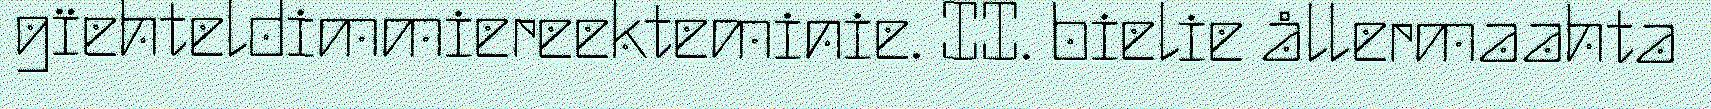
gïehteldimmiereekteminie. II. bielie ållermaahta